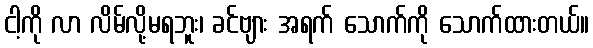
ငါ့ကို လာ လိမ်လို့မရဘူး၊ ခင်ဗျား အရက် သောက်ကို သောက်ထားတယ်။